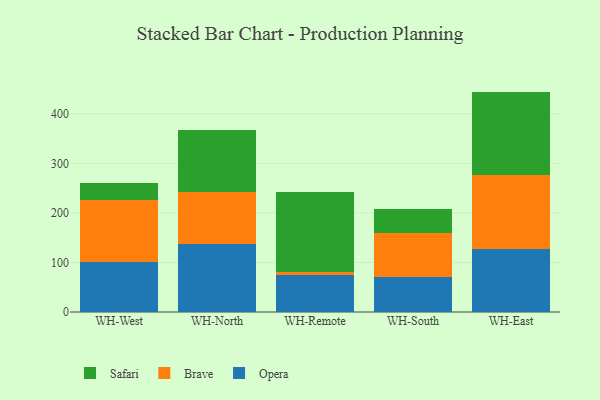
{"axis": {"x": "Warehouse", "y": "Gross Profit (USD K)"}, "legend": ["Brave", "Opera", "Safari"], "data": [{"x": "WH-West", "y": 100.0, "type": "Opera"}, {"x": "WH-West", "y": 126.9, "type": "Brave"}, {"x": "WH-West", "y": 33.9, "type": "Safari"}, {"x": "WH-North", "y": 137.7, "type": "Opera"}, {"x": "WH-North", "y": 105.1, "type": "Brave"}, {"x": "WH-North", "y": 124.4, "type": "Safari"}, {"x": "WH-Remote", "y": 74.6, "type": "Opera"}, {"x": "WH-Remote", "y": 6.0, "type": "Brave"}, {"x": "WH-Remote", "y": 161.9, "type": "Safari"}, {"x": "WH-South", "y": 70.0, "type": "Opera"}, {"x": "WH-South", "y": 89.4, "type": "Brave"}, {"x": "WH-South", "y": 49.2, "type": "Safari"}, {"x": "WH-East", "y": 126.8, "type": "Opera"}, {"x": "WH-East", "y": 149.0, "type": "Brave"}, {"x": "WH-East", "y": 168.9, "type": "Safari"}]}